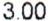
3.00